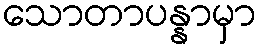
သောတာပန္နာမှာ